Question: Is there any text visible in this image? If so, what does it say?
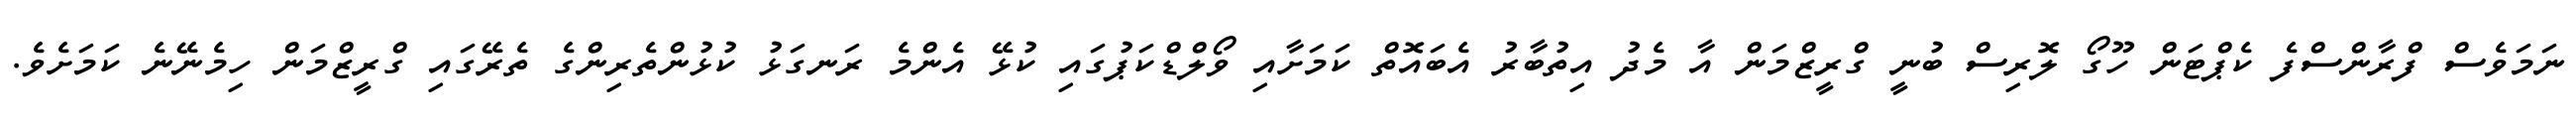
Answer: ނަމަވެސް ފްރާންސްފެ ކެޕްޓަން ހޫގޯ ލޮރިސް ބުނީ ގްރީޒްމަން އާ މެދު އިތުބާރު އެބައޮތް ކަމަށާއި ވޯލްޑްކަޕުގައި ކުޅޭ އެންމެ ރަނގަޅު ކުޅުންތެރިންގެ ތެރޭގައި ގްރީޒްމަން ހިމެނޭނެ ކަމަށެވެ.